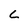
Character: c